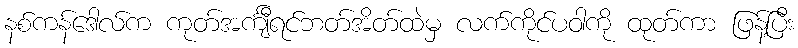
နစ်ကန်ဒေါလ်က ကုတ်အင်္ကျီရင်ဘတ်အိတ်ထဲမှ လက်ကိုင်ပဝါကို ထုတ်ကာ ဖြန့်ပြီး